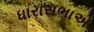
ધારાસભાએ